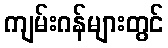
ကျမ်းဂန်များတွင်